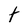
Character: t